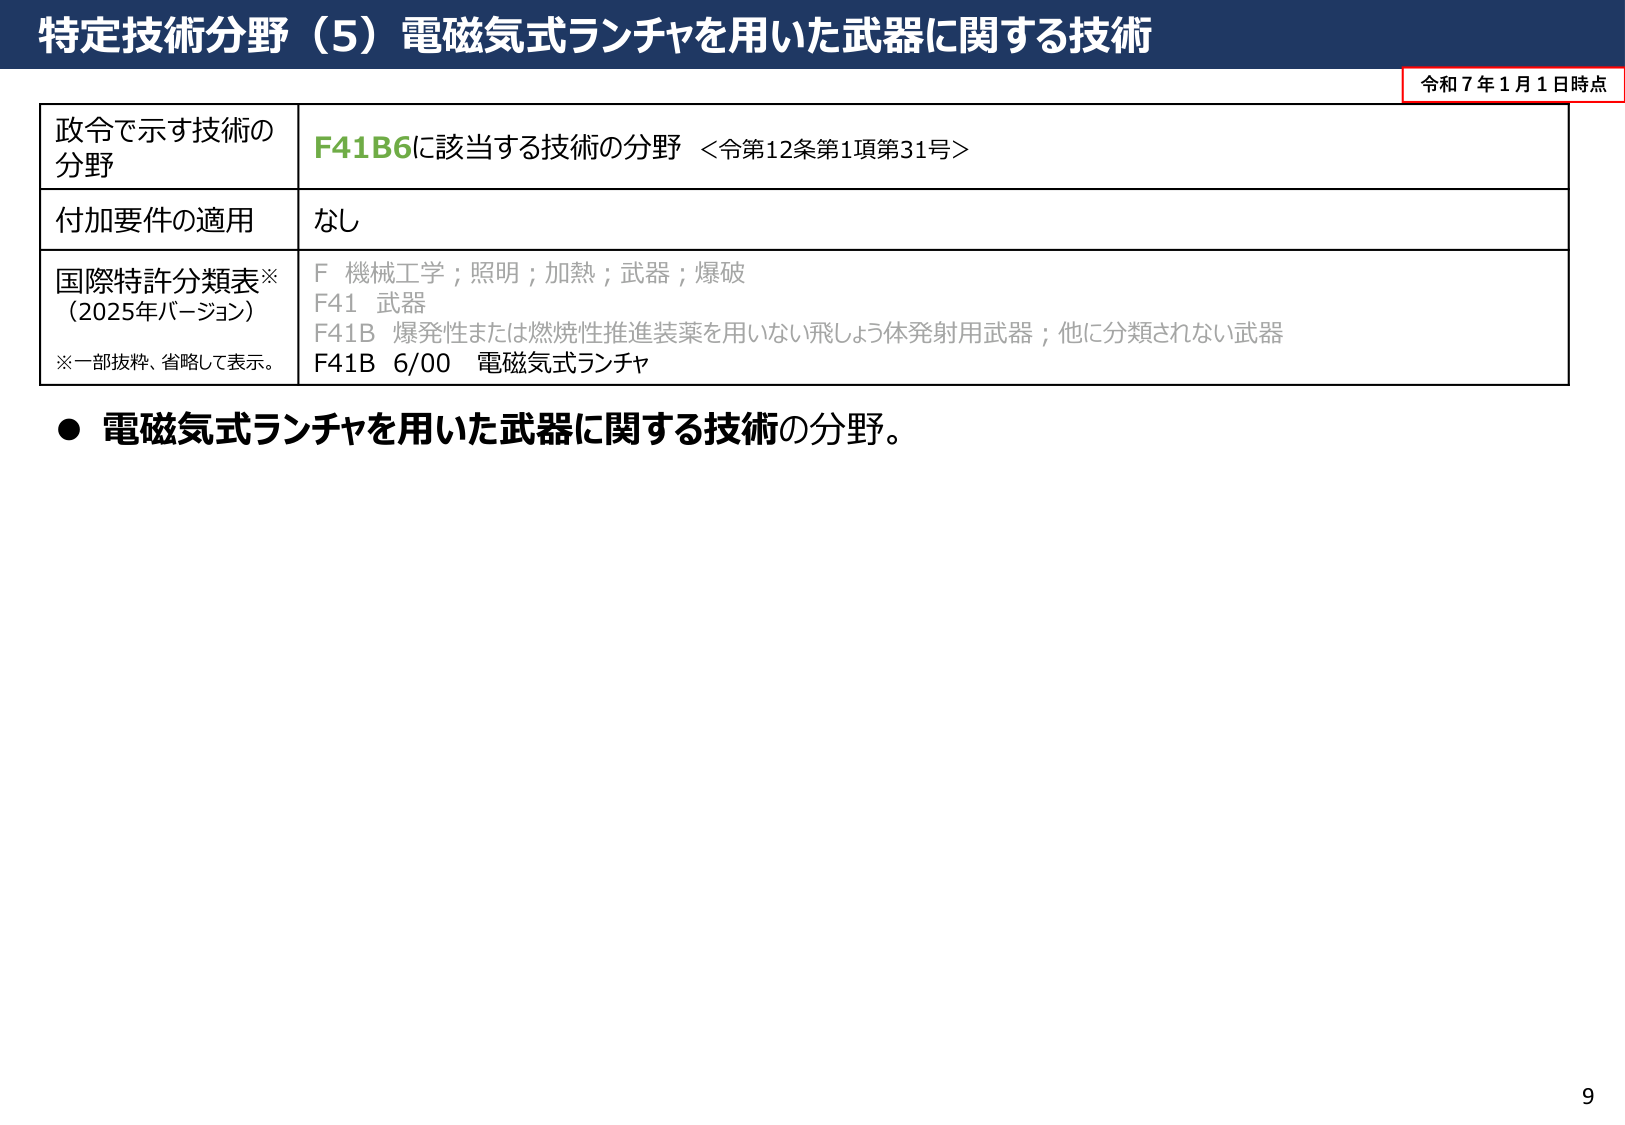
特定技術分野（5）電磁気式ランチャを用いた武器に関する技術

令和７年１月１日時点

政令で示す技術の
分野
F41B6に該当する技術の分野 ＜令第12条第1項第31号＞

付加要件の適用
なし

国際特許分類表※
（2025年バージョン）
※一部抜粋、省略して表示。
F 機械工学；照明；加熱；武器；爆破
F41 武器
F41B 爆発性または燃焼性推進装薬を用いない飛しょう体発射用武器；他に分類されない武器
F41B 6/00 電磁気式ランチャ

● 電磁気式ランチャを用いた武器に関する技術の分野。

9